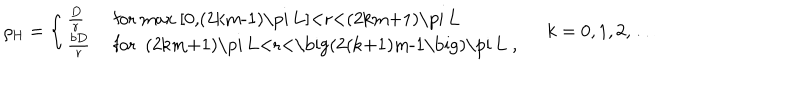
LaTeX: \rho _ { \mathrm { H } } = \left\{ \left\{ \begin{cases} { { { \frac { D } { r } } } } & { { f o r m a x [ 0 , ( 2 k m - 1 ) \pi L ] < r < ( 2 k m + 1 ) \pi L } } \\ { { { \frac { b D } { r } } } } & { { f o r ( 2 k m + 1 ) \pi L < r < \big ( 2 ( k + 1 ) m - 1 \big ) \pi L , } } \\ \end{cases} \right. \right. \quad k = 0 , 1 , 2 , \dots